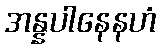
အန္နပါနေနဟံ